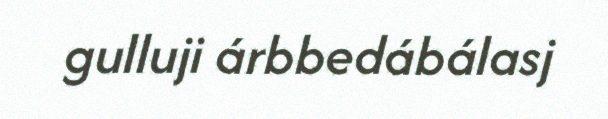
gulluji árbbedábálasj